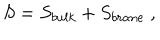
LaTeX: S = S _ { b u l k } + S _ { b r a n e } \ ,